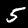
Digit: 5